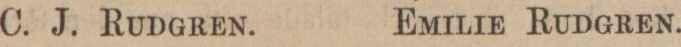
C. J. Rudgren.    Emilie Rudgren.